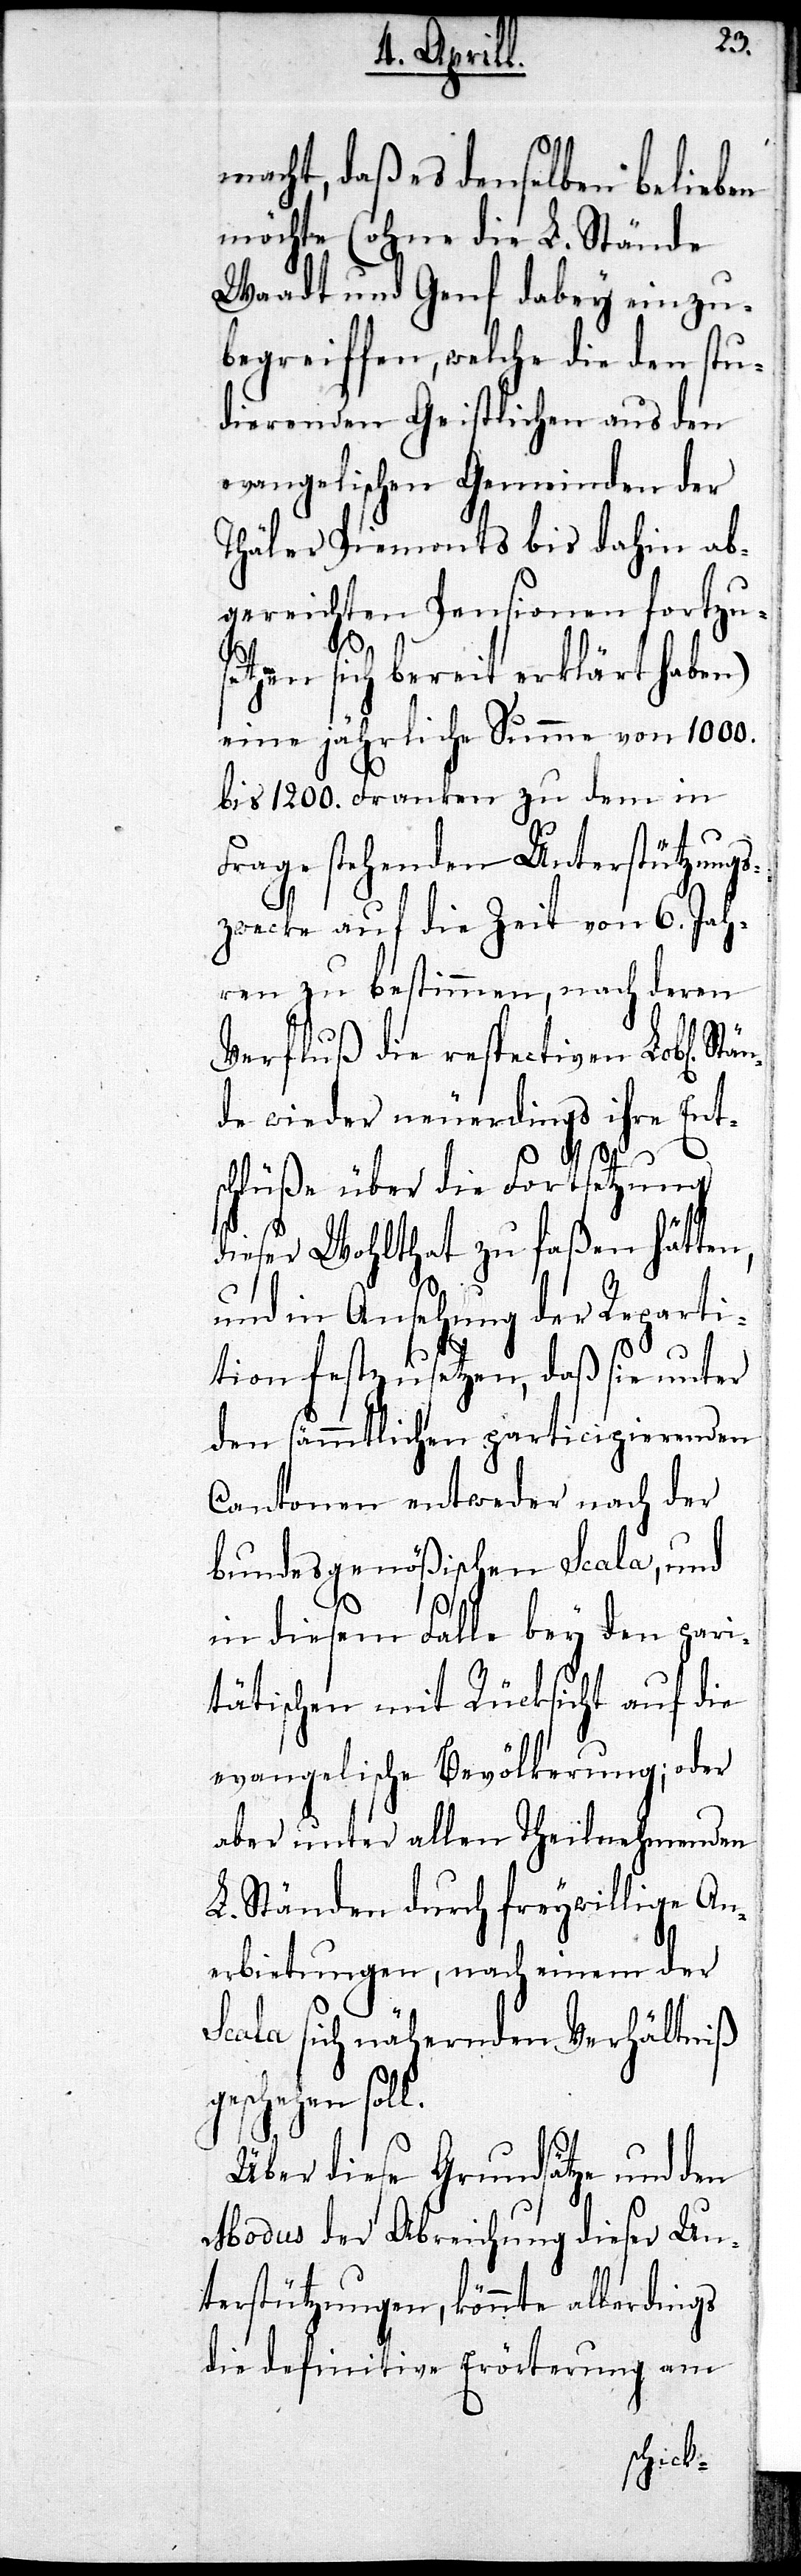
Stän¬
macht, daß es denselben belieben
möchte (ohne die L. Stände
Waadt und Genf dabey einzu¬
begreiffen, welche die den stu¬
dierenden Geistlichen aus den
evangelischen Gemeinden der
Thäler Piemonts bis dahin ab¬
gereichten Pensionen fortzu¬
setzen sich bereit erklärt haben)
eine jährliche Summe von 1000.
bis 1200. Franken zu dem in
Frage stehenden Unterstützungs¬
l.
zwecke auf die Zeit von 6. Jah¬
ren zu bestimmen, nach deren
Verfluß die respectiven Lobl[i¬
de wieder neuerdings ihre Ent¬
schlüße über die Fortsetzung
dieser Wohlthat zu faßen hätten,
und die Ansehung der Reparti¬
tion festzusetzen, daß sie unter
den sämmtlichen participierenden
Cantonen entweder nach der
bundesgenößischen Scala, und
in diesem Falle bey den pari¬
tätischen mit Rücksicht auf die
evangelische Bevölkerung; oder
aber unter allen Theilnehmenden
L. Ständen durch freywillige An¬
erbietungen, nach einem der
Scala sich nähernden Verhältniß
geschehen sol¬
Über diese Grundsätze und den
Modus der Abreichung dieser Un¬
terstützungen, könnte allerdings
die definitive Erörterung am
chen].